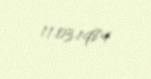
11.03.1984